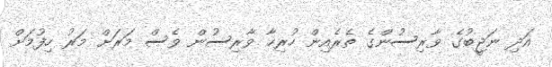
އަދި ނަޖީބުގެ ވާރިސުންގެ ތެރެއިން ހުރިހާ ވާރިސުން ވެސް މަރަށް މަރު ހިފުމަށް